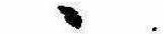
ゝ